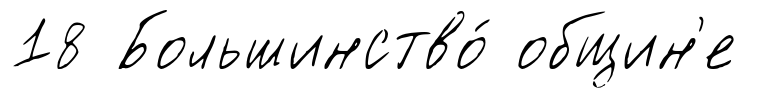
18 Большинство́ общин'е